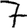
Digit: 7